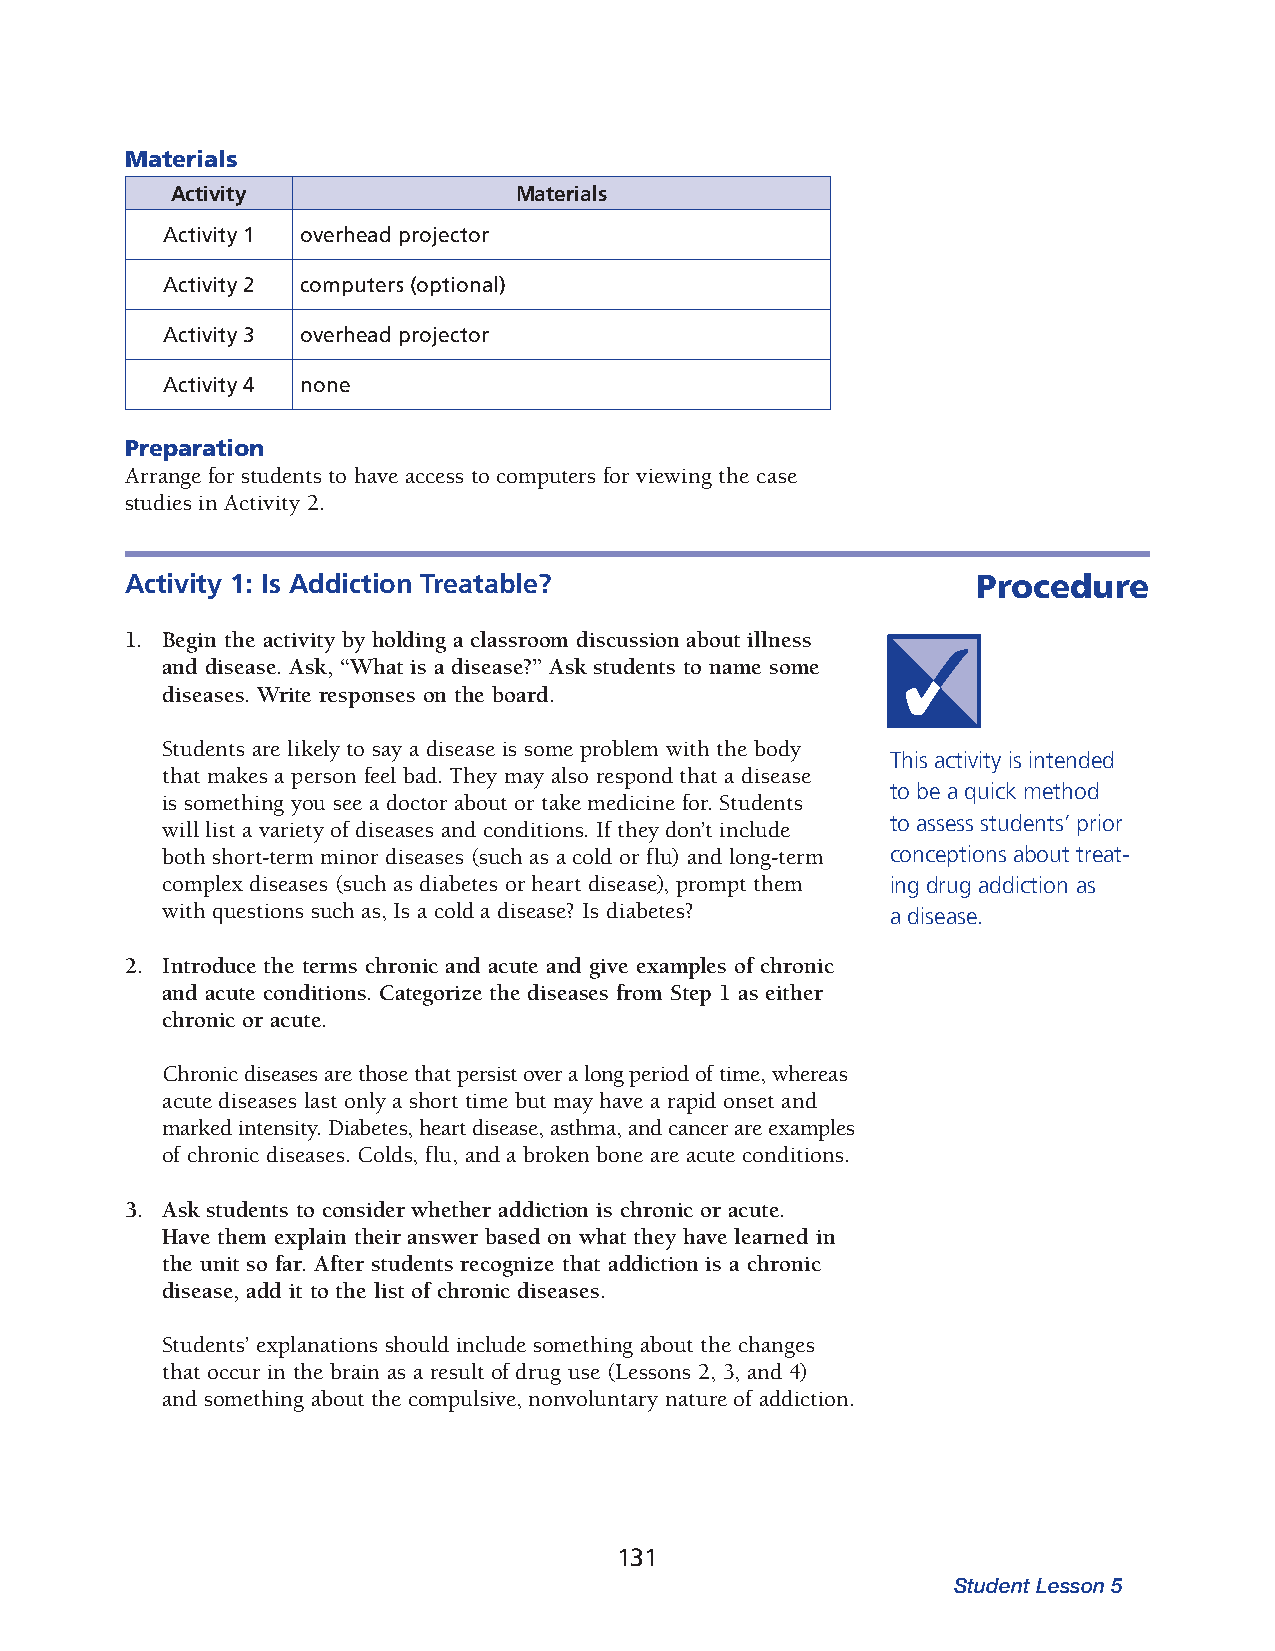
Materials
 Activity               Materials
 Activity 1 overhead projector
 Activity 2 computers (optional)
 Activity 3 overhead projector
 Activity 4 none
 Preparation
 Arrange for students to have access to computers for viewing the case
 studies in Activity 2.
 Activity 1: Is Addiction Treatable?                      Procedure
 1. Begin the activity by holding a classroom discussion about illness
 and disease. Ask, “What is a disease?” Ask students to name some
 diseases. Write responses on the board.
 Students are likely to say a disease is some problem with the body
 This activity is intended
 that makes a person feel bad. They may also respond that a disease
 to be a quick method
 is something you see a doctor about or take medicine for. Students
 to assess students’ prior
 will list a variety of diseases and conditions. If they don’t include
 both short-term minor diseases (such as a cold or flu) and long-term conceptions about treat­
 complex diseases (such as diabetes or heart disease), prompt them ing drug addiction as
 with questions such as, Is a cold a disease? Is diabetes? a disease.
 2. Introduce the terms chronic and acute and give examples of chronic
 and acute conditions. Categorize the diseases from Step 1 as either
 chronic or acute.
 Chronic diseases are those that persist over a long period of time, whereas
 acute diseases last only a short time but may have a rapid onset and
 marked intensity. Diabetes, heart disease, asthma, and cancer are examples
 of chronic diseases. Colds, flu, and a broken bone are acute conditions.
 3. Ask students to consider whether addiction is chronic or acute.
 Have them explain their answer based on what they have learned in
 the unit so far. After students recognize that addiction is a chronic
 disease, add it to the list of chronic diseases.
 Students’ explanations should include something about the changes
 that occur in the brain as a result of drug use (Lessons 2, 3, and 4)
 and something about the compulsive, nonvoluntary nature of addiction.
 131
 Student Lesson 5